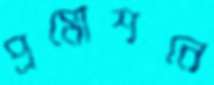
প্রমোশনে